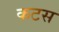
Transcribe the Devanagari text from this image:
कटस